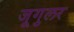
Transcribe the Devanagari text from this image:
जूगुलर